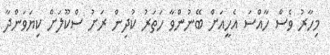
މިހާރު ވެސް ހާއްސަ އެހީއަށް ބޭނުންވާ ހަތަރު ކުދިން ރަށު ސްކޫލަށް ކިޔަވަންދާ